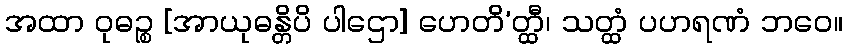
အထာ ဝုဓဉ္စ [အာယုဓန္တိပိ ပါဌော] ဟေတိ’တ္ထီ၊ သတ္ထံ ပဟရဏံ ဘဝေ။